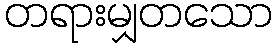
တရားမျှတသော